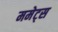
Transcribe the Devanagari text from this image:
ममेट्स